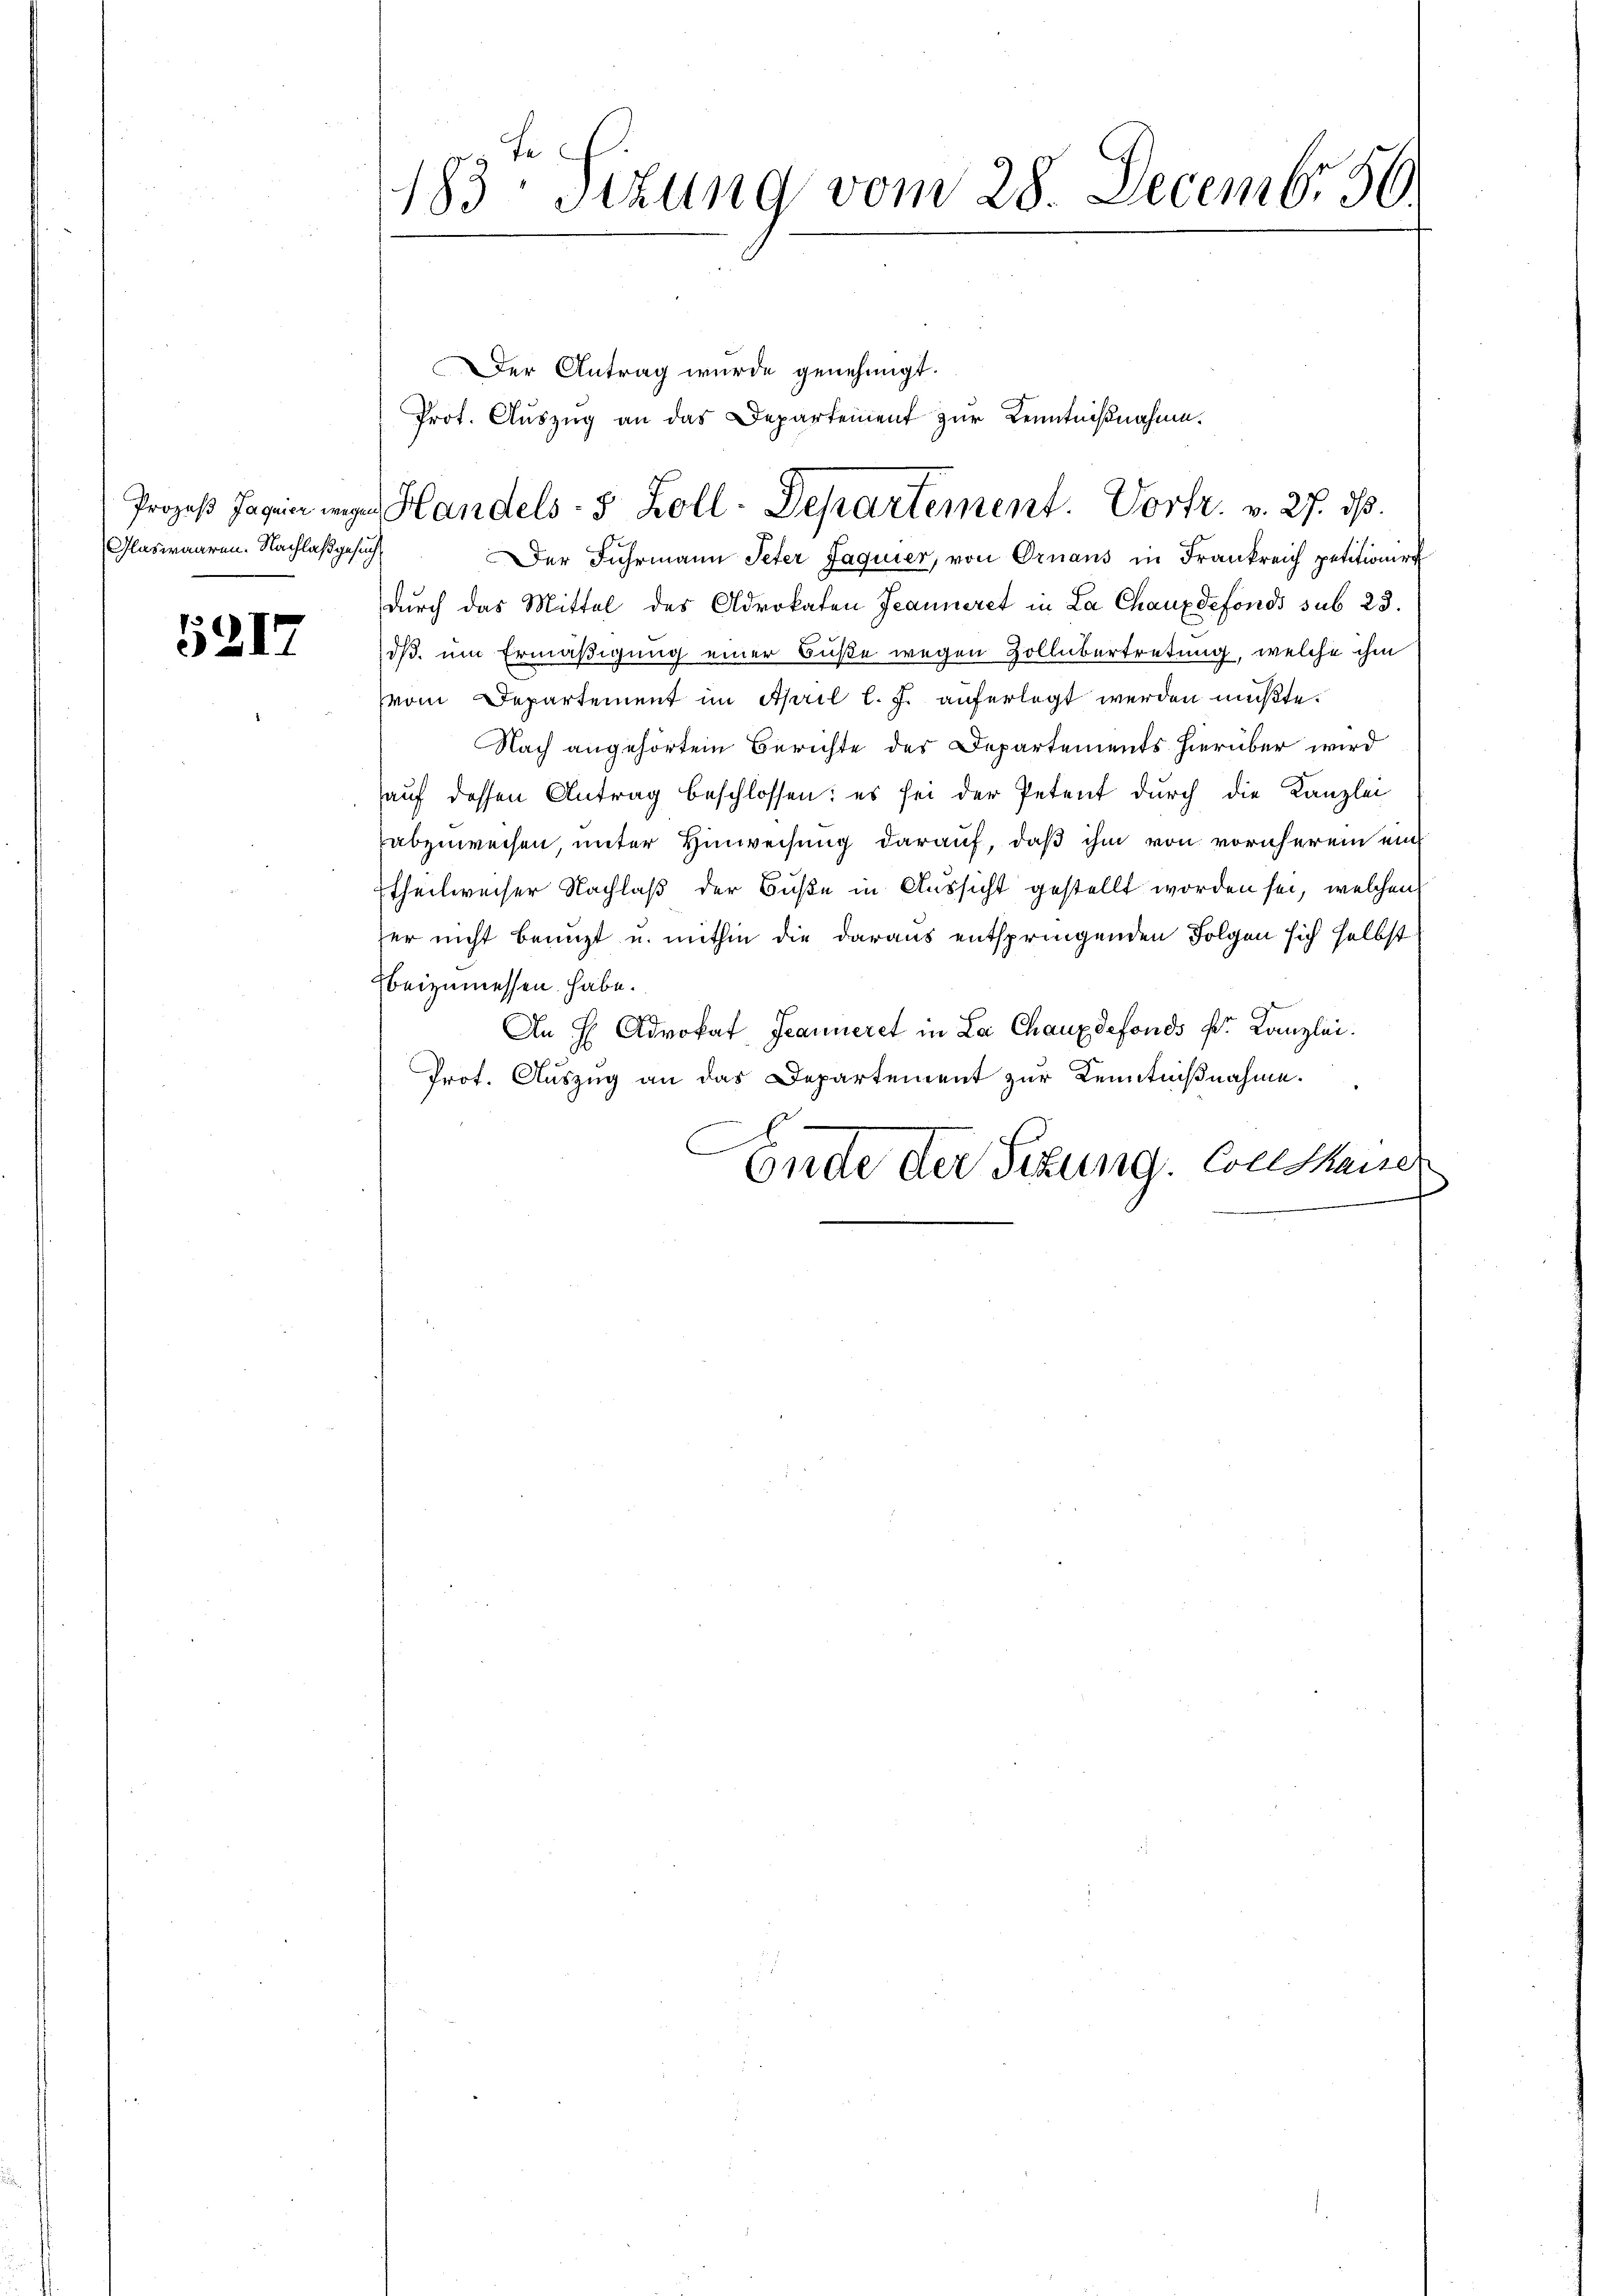
Prozeß Jaquier wegen
Glaswaaren. Nachlaß gesucht

5217

183. Sizung vom 28. December 50.

Der Antrag wurde genehmigt.
Prot. Auszug an das Departement zur Kenntnißnahme.

Handels- 5 Zoll-Departement. Vortr. v. 27. ds.

Der Fuhrmann Peter Jaquier, von Ornaus in Frankreich petitionirt
durch das Mittel des Advokaten Jeanneret in La Chauxdefonds sub 23.
dß um Ermäßigung einer Buße wegen Zollübertretung, welche ihm
vom Departement im April l. J. auferlegt werden mußte.
Nach angehörtem Berichte des Departements hierüber wird
auf dessen Antrag beschlossen: es sei der Petent durch die Kanzlei
abzuweisen, unter Hinweisung darauf, daß ihm von vornherein ein
theilweiser Nachlaß der Buße in Aussicht gestellt worden sei, welchen
er nicht benuzt u. mithin die daraus entspringenden Folgen sich selbst
beizumessen habe.
An H Advokat Jeanneret in La Chaux defonds kr. Kanzlei.
Prot. Auszug an das Departement zur Kenntnißnahme.
Ende der Sitzung. Constause